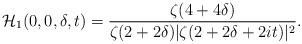
LaTeX: \begin{align*} \mathcal{H}_1(0,0,\delta,t) = \frac{\zeta(4+4\delta)}{\zeta(2+2\delta)|\zeta(2+2\delta+2it)|^2}. \end{align*}